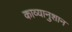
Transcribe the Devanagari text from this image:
काव्यानुशान